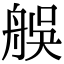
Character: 𦨼